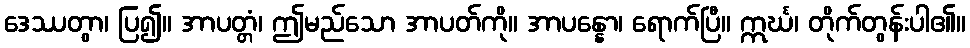
ဒေဿတွာ၊ ပြ၍။ အာပတ္တံ၊ ဤမည်သော အာပတ်ကို။ အာပန္နော၊ ရောက်ပြီ။ ဣင်္ဃ၊ တိုက်တွန်းပါ၏။